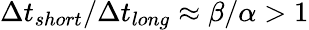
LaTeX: \Delta t_{short}/\Delta t_{long}\approx\beta/\alpha>1